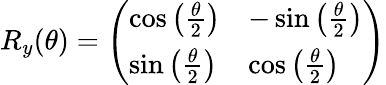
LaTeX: R_{y}(\theta)=\left(\begin{array}{ll}{\cos{\left(\frac{\theta}{2}\right)}}&{-\sin{\left(\frac{\theta}{2}\right)}}\\ {\sin{\left(\frac{\theta}{2}\right)}}&{\cos{\left(\frac{\theta}{2}\right)}}\end{array}\right)